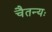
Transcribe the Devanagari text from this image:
चैतन्यः